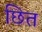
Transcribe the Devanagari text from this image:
छित